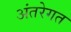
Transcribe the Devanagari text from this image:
अंतरेगत